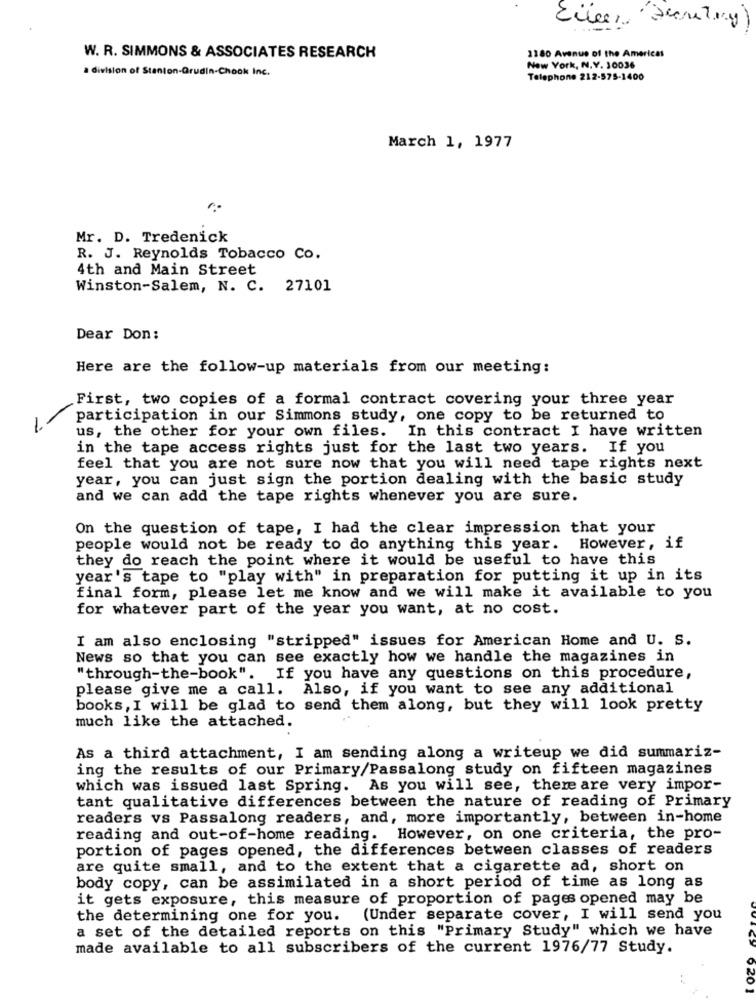
W. R. SIMMONS & ASSOCIATES RESEARCH
1180 Avenue of the Americas
a division of Stanton-Grudin-Chook Inc.
New York, N.Y. 10036
Telephone 212-575-1400
March 1, 1977
Mr. D. Tredenick
R. J. Reynolds Tobacco Co.
4th and Main Street
Winston-Salem, N. C. 27101
Dear Don:
Here are the follow-up materials from our meeting:
First, two copies of a formal contract covering your three year
participation in our Simmons study, one copy to be returned to
us, the other for your own files. In this contract I have written
in the tape access rights just for the last two years. If you
feel that you are not sure now that you will need tape rights next
year, you can just sign the portion dealing with the basic study
and we can add the tape rights whenever you are sure.
On the question of tape, I had the clear impression that your
people would not be ready to do anything this year. However, if
they do reach the point where it would be useful to have this
year's tape to "play with" in preparation for putting it up in its
final form, please let me know and we will make it available to you
for whatever part of the year you want, at no cost.
I am also enclosing "stripped" issues for American Home and U. S.
News so that you can see exactly how we handle the magazines in
"through-the-book". If you have any questions on this procedure,
please give me a call. Also, if you want to see any additional
books , I will be glad to send them along, but they will look pretty
much like the attached.
As a third attachment, I am sending along a writeup we did summariz-
ing the results of our Primary/Passalong study on fifteen magazines
which was issued last Spring. As you will see, there are very impor-
tant qualitative differences between the nature of reading of Primary
readers vs Passalong readers, and, more importantly, between in-home
reading and out-of-home reading. However, on one criteria, the pro-
portion of pages opened, the differences between classes of readers
are quite small, and to the extent that a cigarette ad, short on
body copy, can be assimilated in a short period of time as long as
it gets exposure, this measure of proportion of pages opened may be
the determining one for you. (Under separate cover, I will send you
a set of the detailed reports on this "Primary Study" which we have
made available to all subscribers of the current 1976/77 Study.
920 1